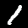
Label: 1